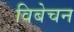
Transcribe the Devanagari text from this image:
विबेचन